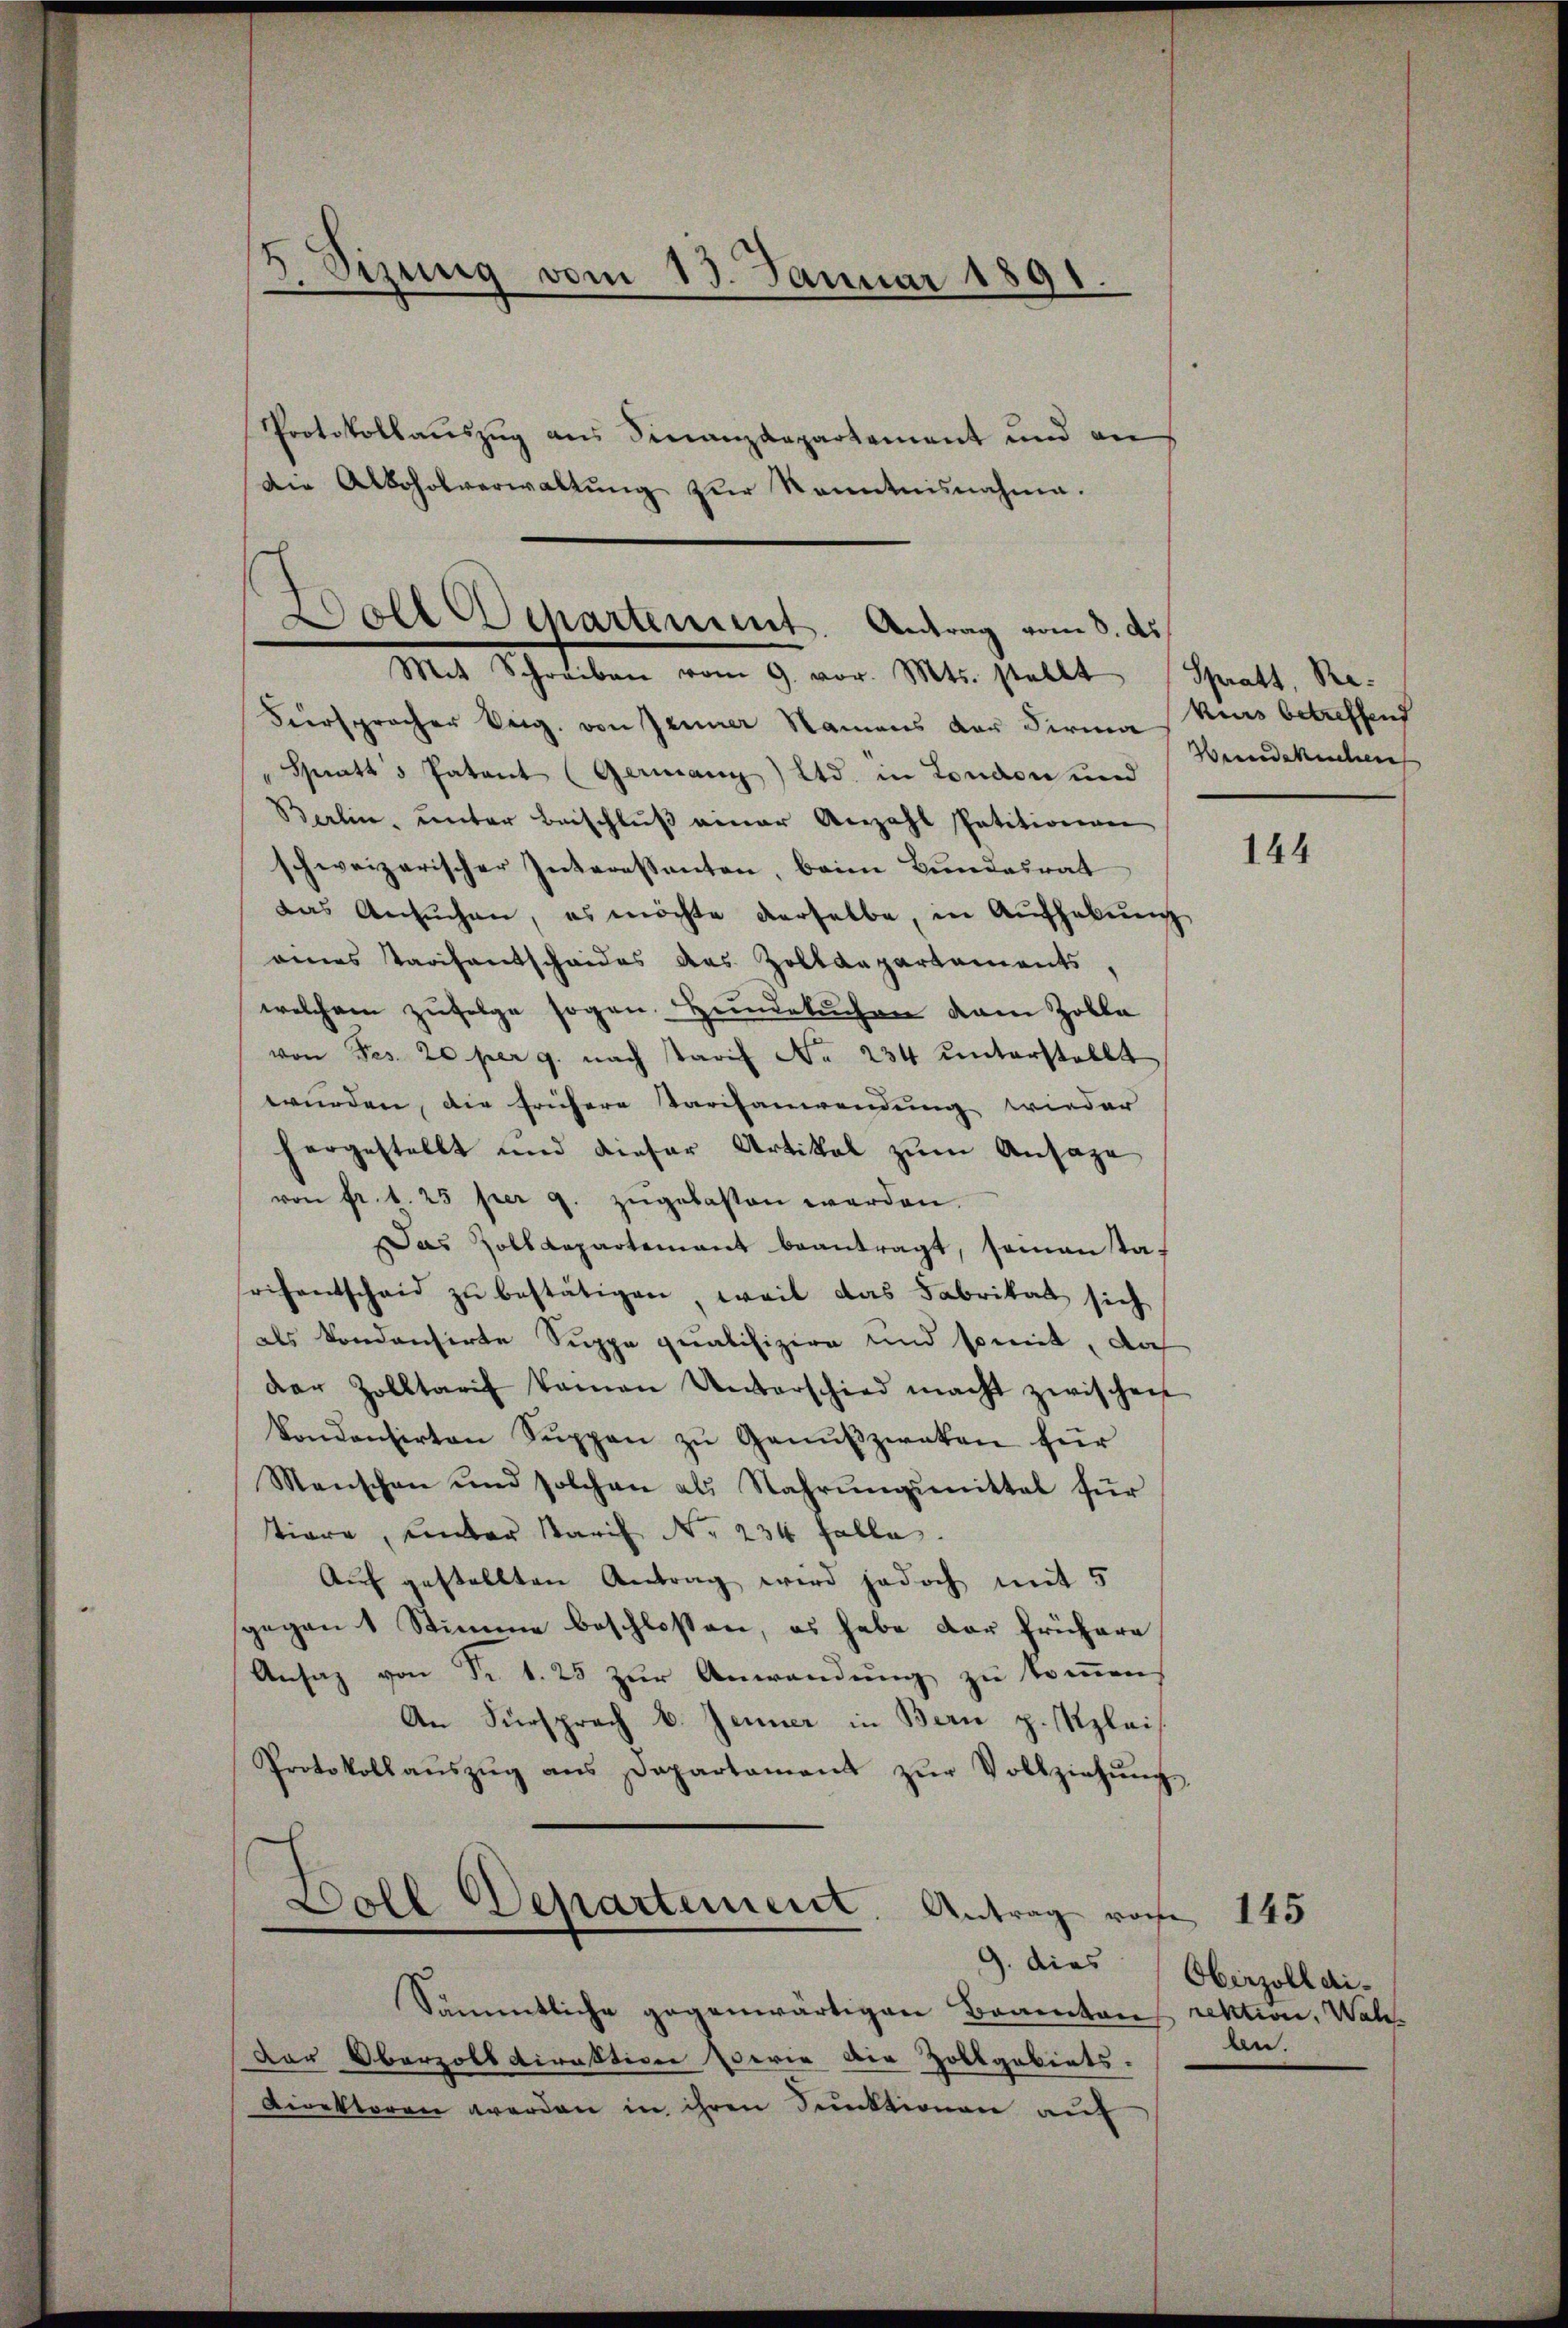
3. Sizung vom 13. Januar 1891.

Protokollauszug aus Finanzdepartement und an
Die Alkoholverwaltŭng zŭr Kenntnisnahme.

Woll Departement. Antrag vom 8. d.
Mit Schreiben vom 9. vor. Mts. stellt (Spratt, Re¬

Fürspracher Beig. von Jenner Namens der Firma Kurs betreffend
Satis Patent (Geranz Itd. in London und
Berlin, ŭnter Beischlŭβ einer Anzahl Petitionen
schweizerischer Interessanten, beim Bundesrat
das Ansuchen, es möchte derselbe, in Aufhebung
eines Tarifantscheides des Zolldepartements
welchem zufolge sogen. Hundesuchen dem Zolle
von Fes. 20 per g. nach Tarif No 234 unterstellt
wurden, die frühere Tarifanwendung wieder
hergestellt und dieser Artikal zŭm Ansage
von fr. 1. 25 per 9. zugelassen werden.
Das Zolldepartement beantragt, seinanta-
sochentscheid zŭ bestätigen, weil das Fabrikat sich
als koncensirte Suppe qualifizire und somit, doch
der Zolltarif keinen Unterschied macht zwischen
koncensirten Sŭppen zŭ Genŭβzweken für
Menschen und solchen als Nahrŭngsmittel für
tiore, unter Paris No 234 Falle.
Auf gestellten Antrag wird jedoch mit 5
gegen 1 Stimme beschloßen, es habe der frühere
Ansaz von Fr. 1. 25 zur Anwendung zu kommen,
An Fürsprach v. Jenner in Bern p. Klei¬
Protokollaŭszŭg ans Departament zŭr Vollziehŭng
Doll Departement. Antrag vorhe
9. dies
Sämmtliche gegenwärtigen Branntens rektion, Wal¬
Der Oberzolldirektion serie die Zollgebiets.
Direktoren werden in ihren Punktionen auf

Venedekuchen

144

145
Oberzolldiben.